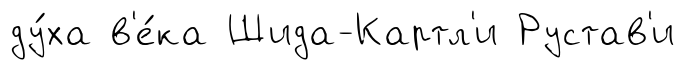
ду́ха в'е́ка Шида-Картл'и Рустав'и